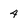
Character: 4